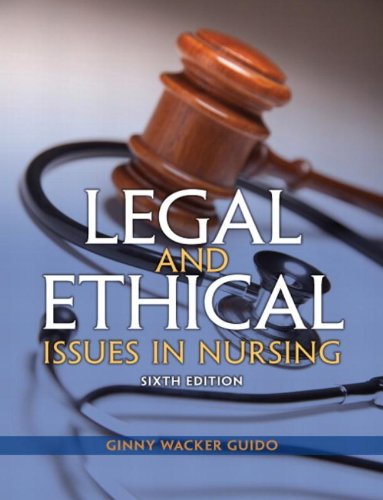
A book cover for Legal and Ethical Issues in Nursing (6th Edition) (Legal Issues in Nursing ( Guido)); Ginny Wacker Guido JD  MSN  RN; Medical Books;